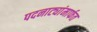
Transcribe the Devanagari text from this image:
पदनाट्यांमार्फत